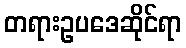
တရားဥပဒေဆိုင်ရာ